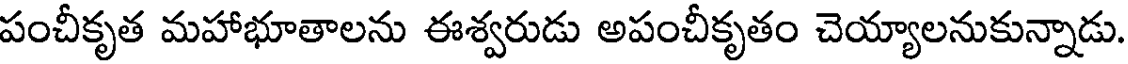
పంచీకృత మహాభూతాలను ఈశ్వరుడు అపంచీకృతం చెయ్యాలనుకున్నాడు